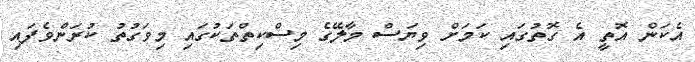
އެކަން އޮތީ އެ ގޮތުގައި ކަމަށް ވިޔަސް މާލޭގެ މިސްކިތްތަކުގައި މިވަގުތު ކުރަންވެފައި